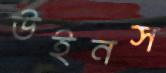
উইনস